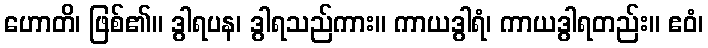
ဟောတိ၊ ဖြစ်၏။ ဒွါရပန၊ ဒွါရသည်ကား။ ကာယဒွါရံ၊ ကာယဒွါရတည်း။ ဧဝံ၊